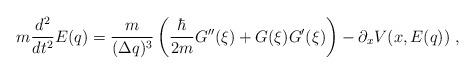
LaTeX: \begin{align*}m\frac{d^{2}}{dt^{2}}E(q) = \frac{m}{{(\Delta q)^{3}}}\left(\frac{\hbar}{2m}G''(\xi) + G(\xi)G'(\xi) \right) - \partial_{x}V(x,E(q)) \; ,\end{align*}